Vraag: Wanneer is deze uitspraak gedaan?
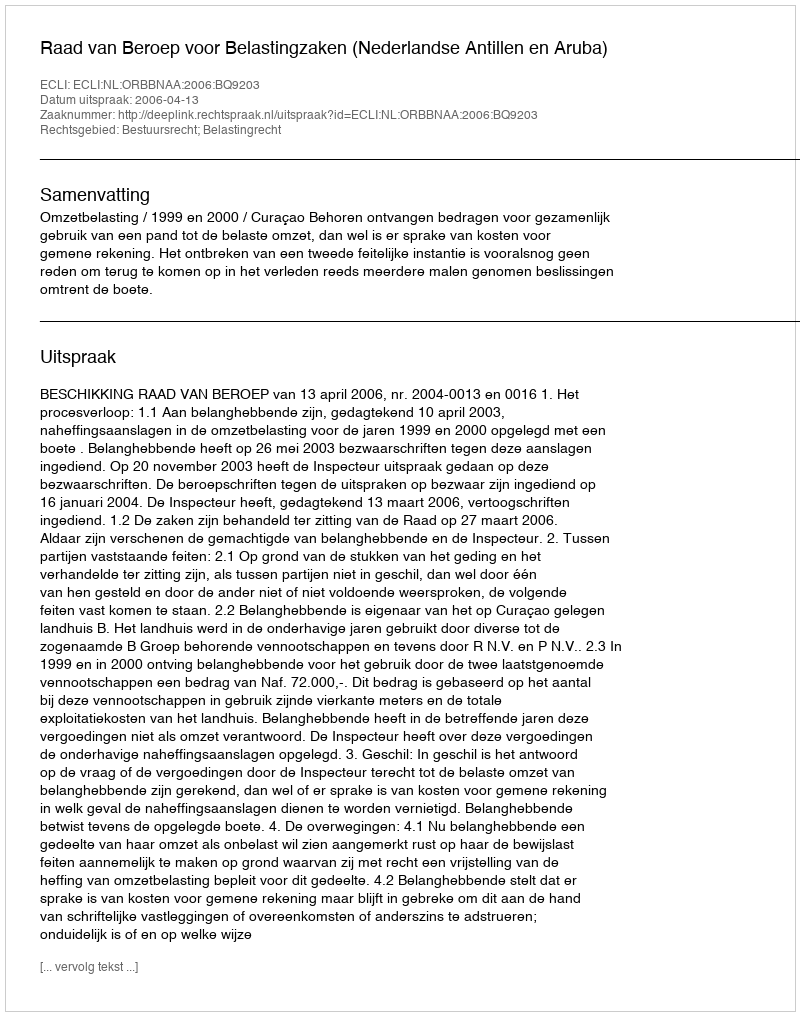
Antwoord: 2006-04-13